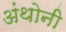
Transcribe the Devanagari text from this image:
अंथोनी